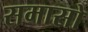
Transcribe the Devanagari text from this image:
समासो